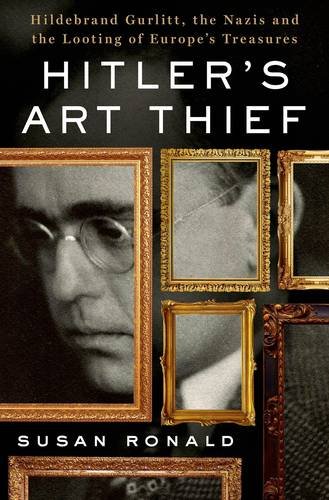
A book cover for Hitler's Art Thief: Hildebrand Gurlitt, the Nazis, and the Looting of Europe's Treasures; Susan Ronald; Biographies & Memoirs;